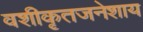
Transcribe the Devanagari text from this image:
वशीकृतजनेशाय